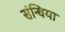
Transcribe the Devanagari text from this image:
संन्धिया